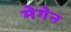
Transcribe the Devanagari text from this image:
मेगेन